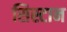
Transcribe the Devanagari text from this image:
सिस्टान